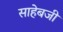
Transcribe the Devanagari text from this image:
साहेबजी